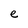
Character: e